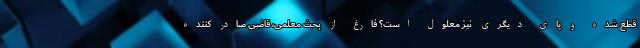
قطع شده و پای دیگری نیز معلول است؟ فارغ از بحث معلمی، قاضی صادر کننده